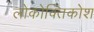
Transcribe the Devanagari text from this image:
लोकोक्तिकोश